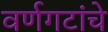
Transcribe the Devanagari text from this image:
वर्णगटांचे